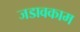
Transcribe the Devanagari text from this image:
जडावकाम